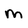
Character: m